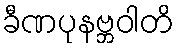
ခီဏပုနဗ္ဘဝါတိ